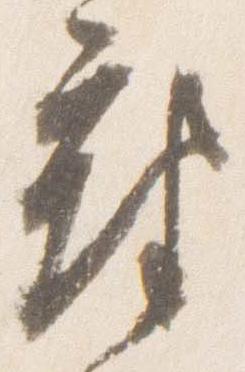
府